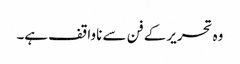
وہ تحریر کے فن سے ناواقف ہے۔